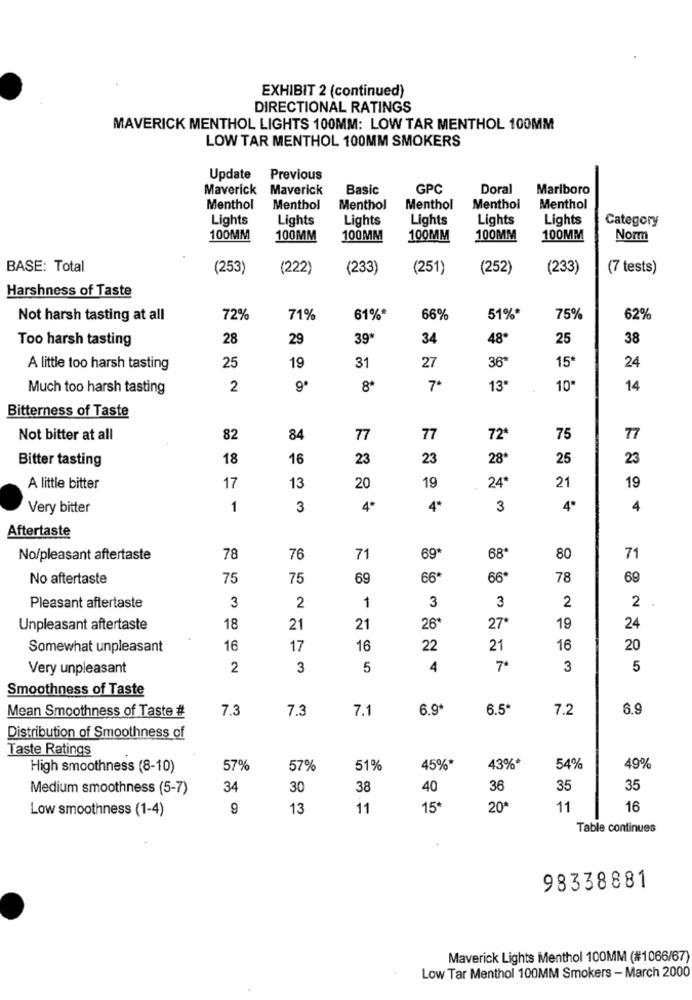
EXHIBIT 2 (continued)
DIRECTIONAL RATINGS
MAVERICK MENTHOL LIGHTS 100MM: LOW TAR MENTHOL 100MM
LOW TAR MENTHOL 100MM SMOKERS
Update
Previous
Maverick Maverick
Basic
GPC
Doral
Marlboro
Menthol
Menthol
Menthol
Menthol
Menthol
Menthol
Lights
Lights
Lights
Lights
Lights
Lights
Category
100MM
100MM
100MM
100MM
100MM
100MM
Norm
BASE: Total
(253)
(222)
(233)
(251)
(252)
(233)
(7 tests)
Harshness of Taste
Not harsh tasting at all
72%
71%
61%*
66%
51%*
75%
62%
Too harsh tasting
28
29
39
34
48*
25
38
25
31
27
36ª
A little too harsh tasting
19
24
Much too harsh tasting
2
8ª
13*
10*
14
Bitterness of Taste
Not bitter at all
82
84
77
77
72
75
77
Bitter tasting
18
16
23
23
28*
25
23
13
20
19
A little bitter
17
24*
21
19
Very bitter
1
3
4*
4*
3
4
Aftertaste
No/pleasant aftertaste
78
76
71
69*
68
80
71
No aftertaste
75
75
69
66'
66
78
69
3
1
3
3
2
2
Pleasant aftertaste
2
Unpleasant aftertaste
18
21
21
26*
27
19
24
Somewhat unpleasant
16
17
16
22
21
16
20
Very unpleasant
2
3
5
4
3
5
Smoothness of Taste
Mean Smoothness of Taste #
7.3
7.3
7.1
6.9*
6.5*
7.2
6.9
Distribution of Smoothness of
Taste Ratings
High smoothness (8-10)
57%
57%
51%
45%*
43%*
54%
49%
Medium smoothness (5-7)
34
30
38
40
36
35
35
Low smoothness (1-4)
9
13
11
15
20ª
11
16
Table continues
98338881
Maverick Lights Menthol 100MM (#1066/67)
Low Tar Menthol 100MM Smokers - March 2000